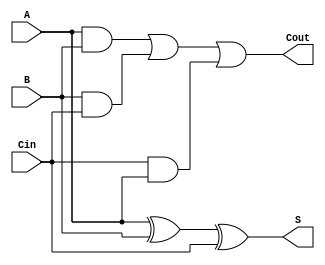
`timescale 1ns / 1ps

module onebitfulladder(A,B,Cin,S,Cout);

input A,B,Cin;
output S,Cout;

assign S= A ^ B ^ Cin;
assign Cout= (A & B) | (B & Cin) | (Cin & A);


endmodule